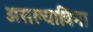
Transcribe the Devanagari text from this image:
असल्याविना